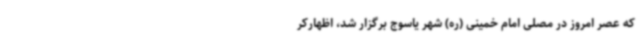
که عصر امروز در مصلی امام خمینی (ره) شهر یاسوج برگزار شد، اظهارکر